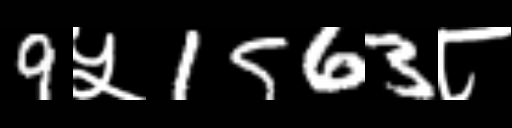
Text: 9५1563८